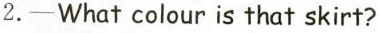
2.-What colour is that skirt?